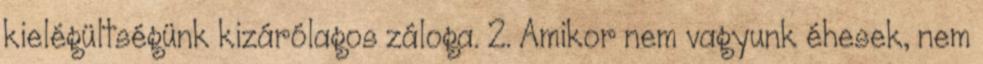
kielégültségünk kizárólagos záloga. 2. Amikor nem vagyunk éhesek, nem